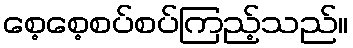
စေ့စေ့စပ်စပ်ကြည့်သည်။